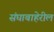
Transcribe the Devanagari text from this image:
संघाबाहेरील